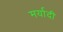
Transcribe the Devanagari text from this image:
मर्यादी